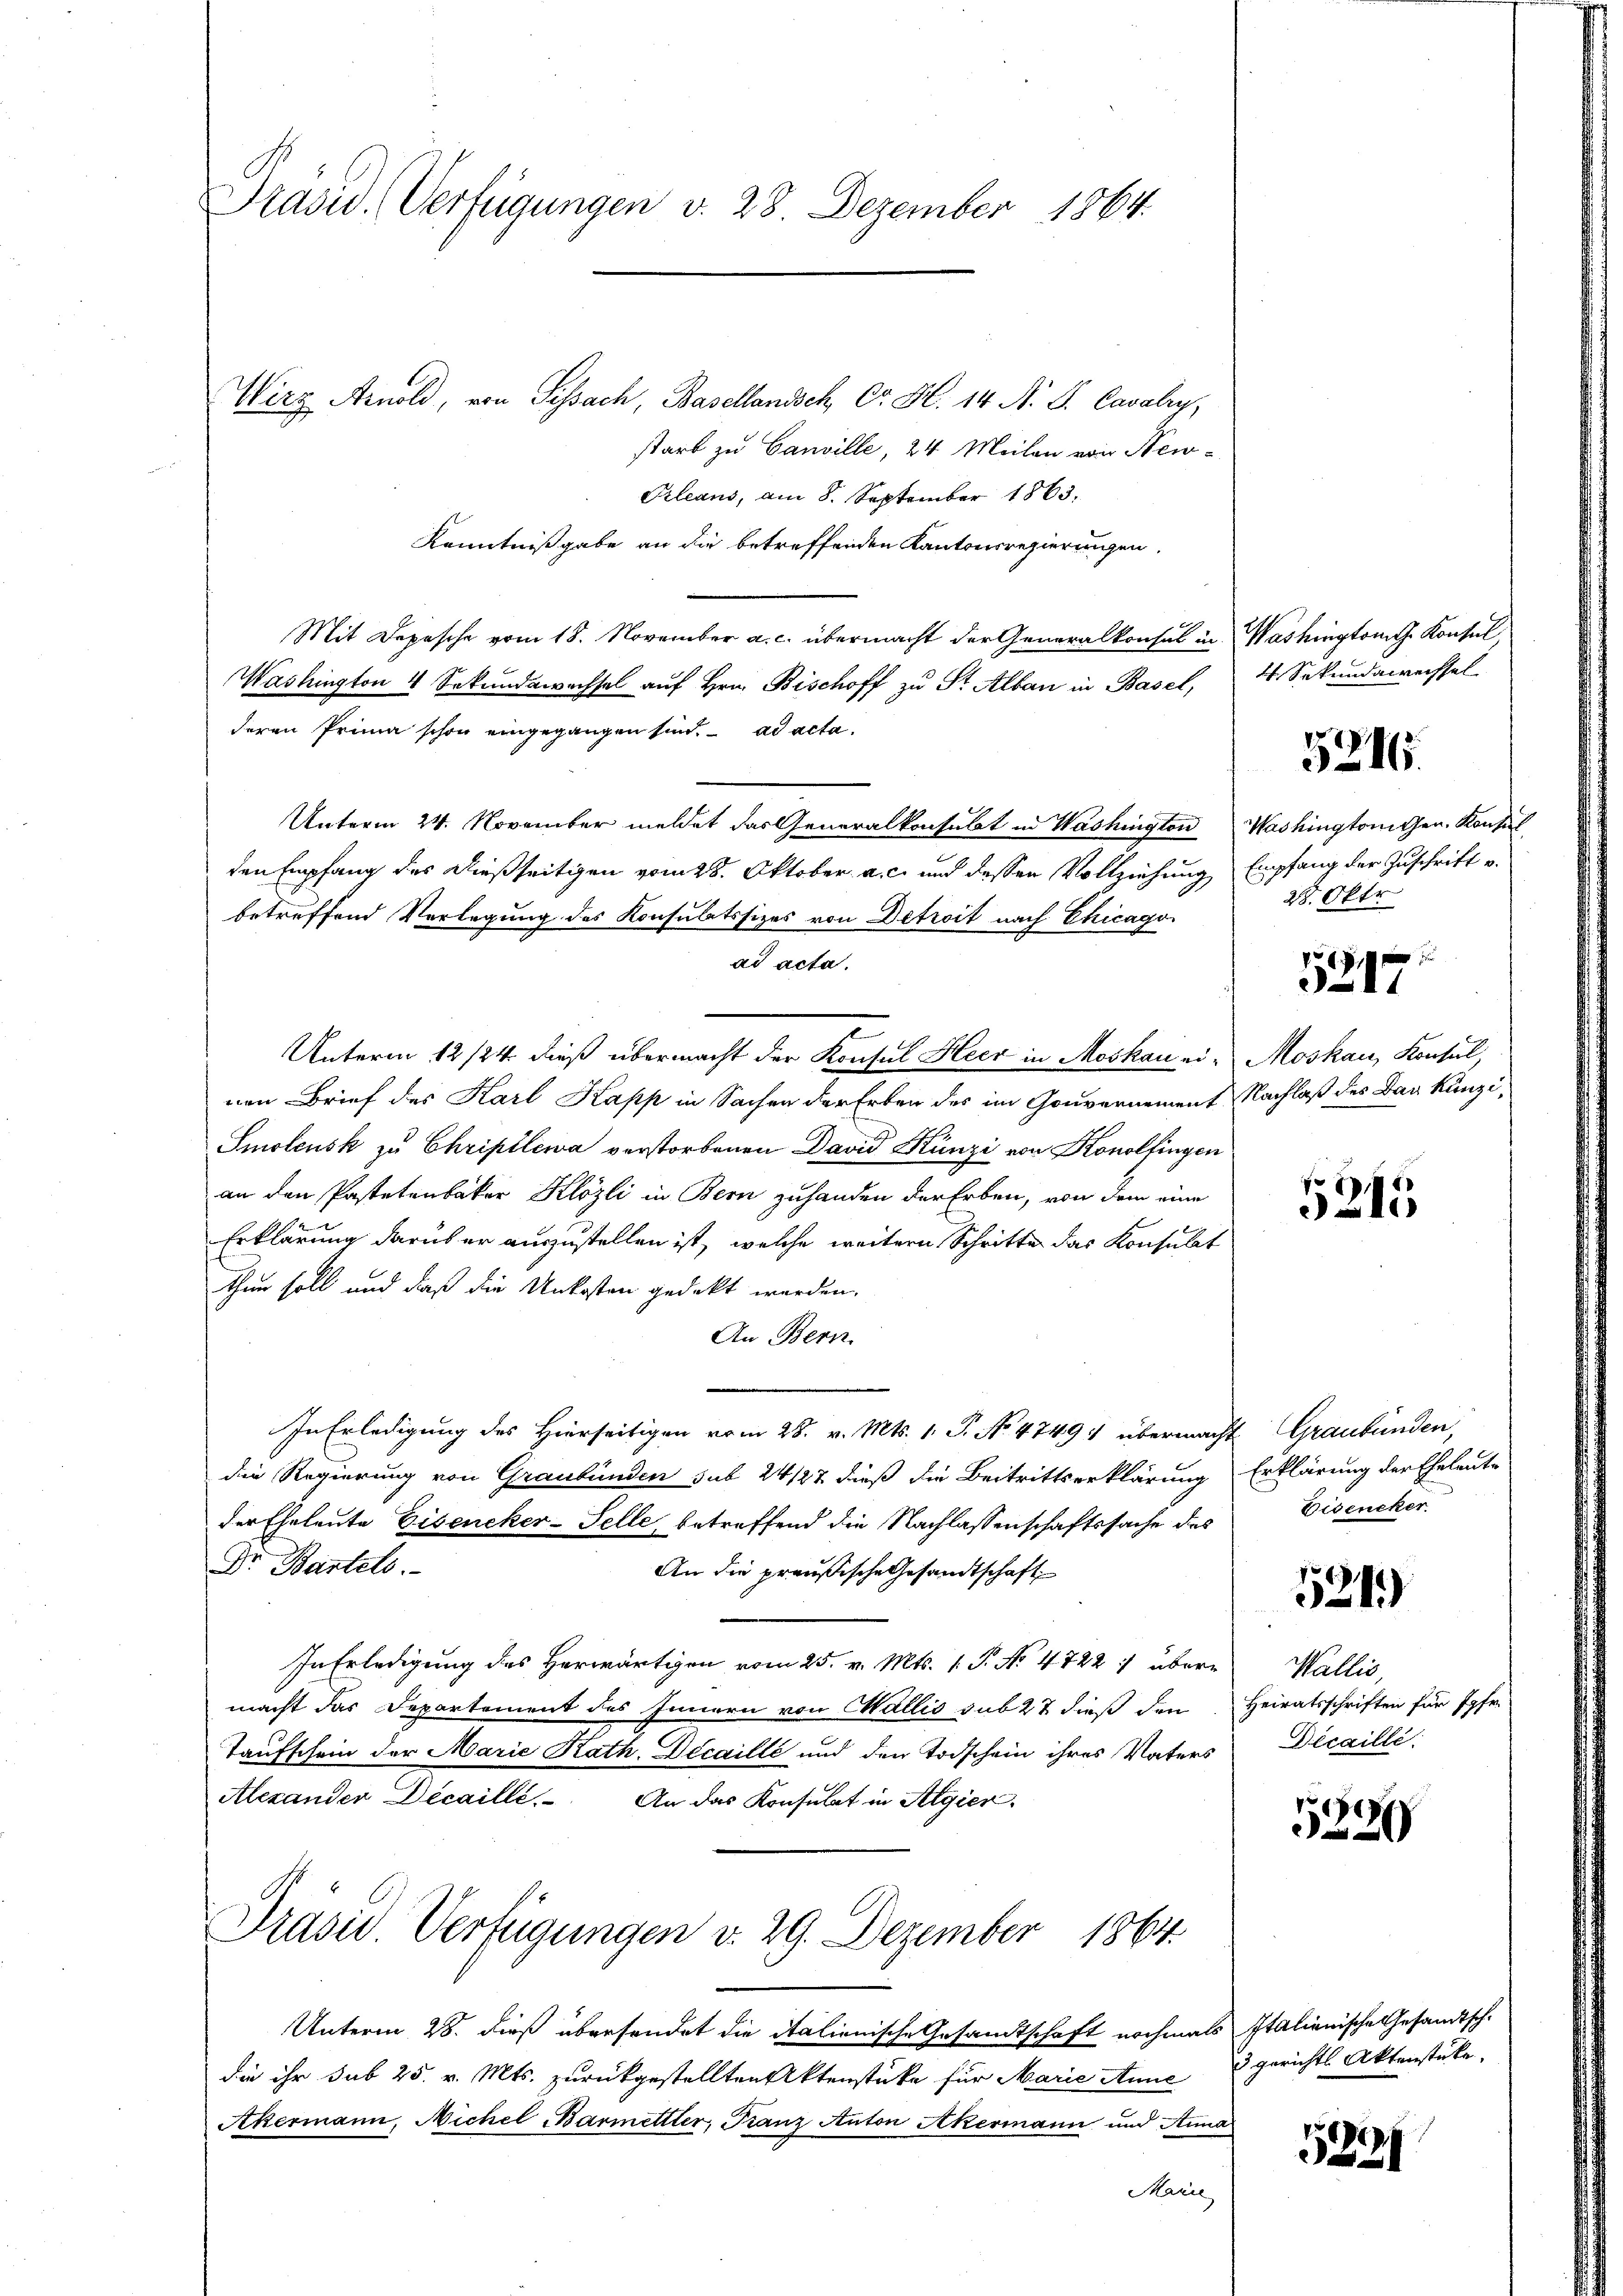
Prasid. Verfügungen v. 28. Dezember 1864.

Wirz Arnold, von Sissach, Basellandsch Dr. H. 14. A. S. Cavalin,
starb zu Canville, 24 Meilen von New-
Prleans, am 8. September 1863.
Kenntnißgabe an die betreffenden Kantonsregierungen.
Mit Depesche vom 18. November a. c. übermacht der Generalkonsul in
Washington 4 Sekundswachsel auf Hrn. Bischoff zu St. Alban in Basel,
deren Prima schon eingegangen sind. ad acta.
Unterm 24. November meldet das Generalkonsulat in Washington
den Empfang des dießseitigen vom 28. Oktober a. c. und dessen Vollziehung
betreffend Verlegung des Konsulatssizes von Detroit nach Chicago
ad acta.
t
Unterm 12/24 dieß übermacht der Konsul Heer in Moskau einen Brief des Karl Kapp in Sachen der Erben des im Gouvernement
Smolensk zu Chriptlewa verstorbenen David Künzi von Konolfingen
an den Pastetenbaker Klözli in Bern zuhanden der Erben, von dem eine
Erklärung darüber auszustellen ist, welche weitern Schritte das Konsulat
Thun soll und daß die Unkosten gedeckt werden.
An Bern.
In Erledigung des Hierseitigen vom 28. v. Mts. 1. P. No. 4749. übermacht
die Regierung von Graubünden sub 24/27 dieß die Beitrittserklärung
der Eheleute Eiseniker-Selle, betreffend die Nachlassenschaftssache des
Dr. Bartels.
An die preußische Gesandtschaft
In Erledigung des Herwärtigen vom 25. v. Mts. 1. P. No. 4722 :/ übermacht das Departement des Innern von Wallis sub 27 dieß den
Taufschein der Marie Kath. Decaillé und den Todschein ihres Vaters
Alexander Decaille. An das Konsulat in Algier
Prasis Verfügungen v. 29. Dezember 1864.
Unterm 28. dieß übersendet die italienische Gesandtschaft nochmals
die ihr sub 25. v. Mts. zurückgestellten Aktenstüke für Marie Anne
Akermann, Michel Barmetter, Franz Anton Akermann und Anna
Marie

Washington G. Konsul,
4. Sekundawechsel
Washingtonten. Konsul
Empfang der Zuschrift u.
25. Oktr
u
1897.
Moskau, Konsul,
Nachlaß des Dan Kunzi¬

5216.

245

4. Graubünden,
Erklärung der Eheleute
Eisencker.

521)

Wallis,
Heiratsschriften für Pfr.
Dicaille.

5229

Italienische Gesandtsche
3 gerichts Aktenstücke.

5829